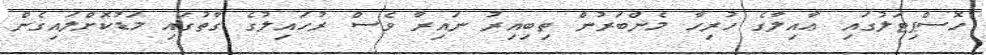
ހޮސްޕިޓަލުގައި ޢާއިލާގެ ހުރިހާ މެންބަރުން ތިބިއިރު ނައިރާ ވެސް ރުހައިލުގެ ގާތުގައި މަޑުކޮށްލައިގެން